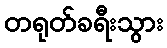
တရုတ်ခရီးသွား